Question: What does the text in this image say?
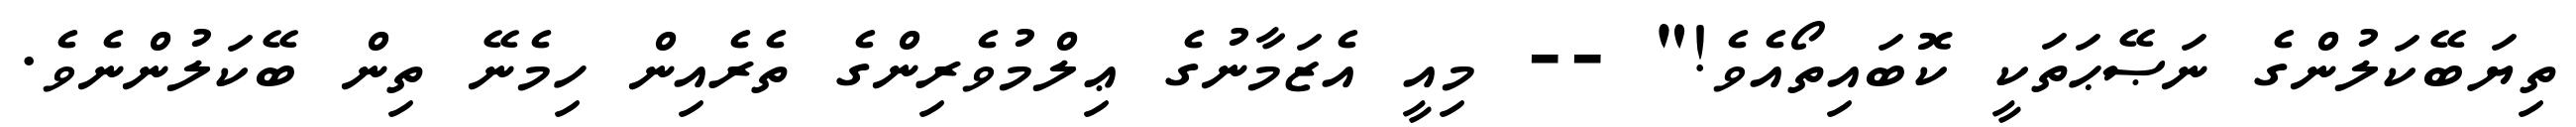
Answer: ތިޔަބޭކަލުންގެ ނަޞޭޙަތަކީ ކޮބައިތޯއެވެ!" -- މިއީ އެޒަމާނުގެ ޢިލްމުވެރިންގެ ތެރެއިން ހިމެނޭ ތިން ބޭކަލުންނެވެ.